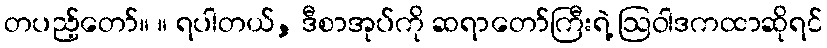
တပည့်တော်။ ။ ရပါတယ်, ဒီစာအုပ်ကို ဆရာတော်ကြီးရဲ့ ဩဝါဒကထာဆိုရင်